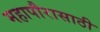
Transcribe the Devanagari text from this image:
महापौरासाठी